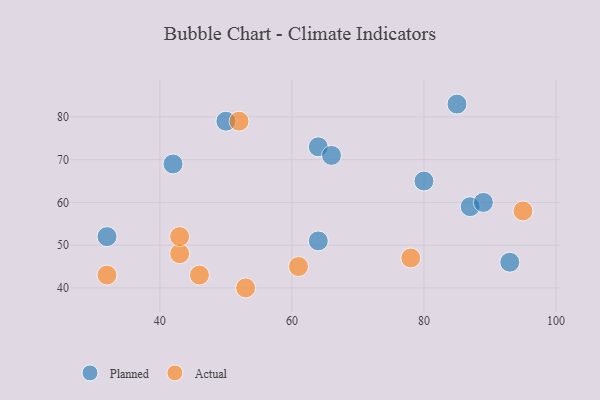
{"axis": {"x": "GDP", "y": "Life Expectancy"}, "legend": ["Actual", "Planned"], "data": [{"x": "64", "y": 73, "type": "Planned"}, {"x": "87", "y": 59, "type": "Planned"}, {"x": "93", "y": 46, "type": "Planned"}, {"x": "50", "y": 79, "type": "Planned"}, {"x": "32", "y": 52, "type": "Planned"}, {"x": "64", "y": 51, "type": "Planned"}, {"x": "89", "y": 60, "type": "Planned"}, {"x": "66", "y": 71, "type": "Planned"}, {"x": "85", "y": 83, "type": "Planned"}, {"x": "80", "y": 65, "type": "Planned"}, {"x": "42", "y": 69, "type": "Planned"}, {"x": "52", "y": 79, "type": "Actual"}, {"x": "46", "y": 43, "type": "Actual"}, {"x": "43", "y": 48, "type": "Actual"}, {"x": "61", "y": 45, "type": "Actual"}, {"x": "43", "y": 52, "type": "Actual"}, {"x": "32", "y": 43, "type": "Actual"}, {"x": "53", "y": 40, "type": "Actual"}, {"x": "95", "y": 58, "type": "Actual"}, {"x": "78", "y": 47, "type": "Actual"}]}